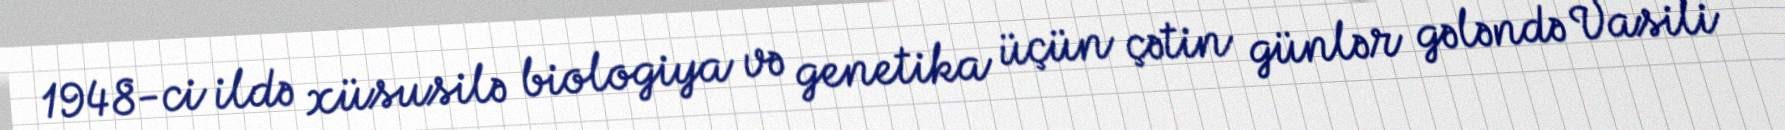
1948-ci ildə xüsusilə biologiya və genetika üçün çətin günlər gələndə Vasili